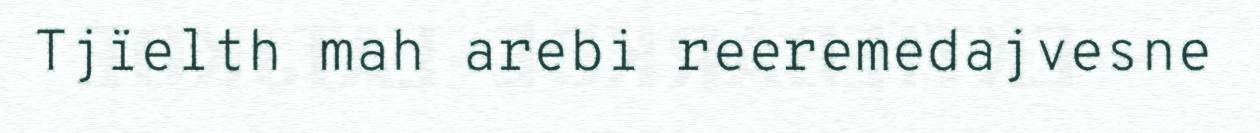
Tjïelth mah arebi reeremedajvesne